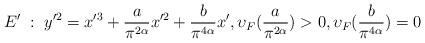
LaTeX: \begin{align*} E' \; : \; y'^2 = x'^3 + \frac{a}{\pi^{2\alpha}} x'^2 + \frac{b}{\pi^{4\alpha}} x', \upsilon_F(\frac{a}{\pi^{2\alpha}}) > 0, \upsilon_F(\frac{b}{\pi^{4\alpha}}) = 0\end{align*}